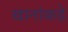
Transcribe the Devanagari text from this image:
खानांकडे